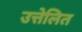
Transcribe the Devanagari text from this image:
उत्तेलित